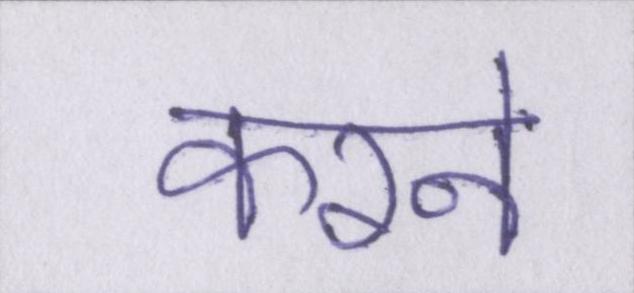
करने